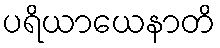
ပရိယာယေနာတိ